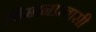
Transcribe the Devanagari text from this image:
विमानप्रवासी